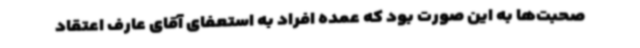
صحبت‌ها به این صورت بود که عمده افراد به استعفای آقای عارف اعتقاد